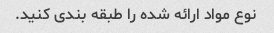
نوع مواد ارائه شده را طبقه بندی کنید.